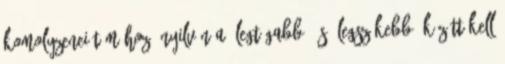
komolyzenei témához: Nyilván a "legtágabb" és "legszűkebb" között kell